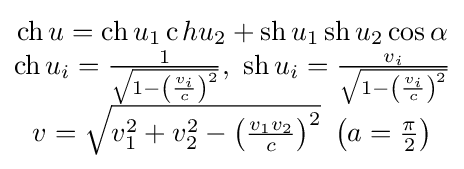
{\begin{matrix}\operatorname {ch} {u}=\operatorname {ch} {u_{1}}\operatorname {c} h{u_{2}}+\operatorname {sh} {u_{1}}\operatorname {sh} {u_{2}}\cos \alpha \\\operatorname {ch} {u_{i}}={\frac {1}{\sqrt {1-\left({\frac {v_{i}}{c}}\right)^{2}}}},\ \operatorname {sh} {u_{i}}={\frac {v_{i}}{\sqrt {1-\left({\frac {v_{i}}{c}}\right)^{2}}}}\\v={\sqrt {v_{1}^{2}+v_{2}^{2}-\left({\frac {v_{1}v_{2}}{c}}\right)^{2}}}\ \left(a={\frac {\pi }{2}}\right)\end{matrix}}